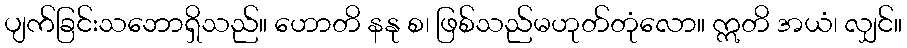
ပျက်ခြင်းသဘောရှိသည်။ ဟောတိ နနု စ၊ ဖြစ်သည်မဟုတ်တုံလော။ ဣတိ အယံ၊ လျှင်။